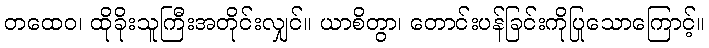
တထေဝ၊ ထိုခိုးသူကြီးအတိုင်းလျှင်။ ယာစိတွာ၊ တောင်းပန်ခြင်းကိုပြုသောကြောင့်။